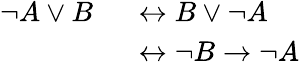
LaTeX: \begin{array}{rl}{\neg A\lor B\, }&{{}\, \leftrightarrow B\lor\neg A}\\ {\, }&{{}\, \leftrightarrow\neg B\to\neg A}\end{array}